Report of the King Institute of Preventive Medicine, Guindy
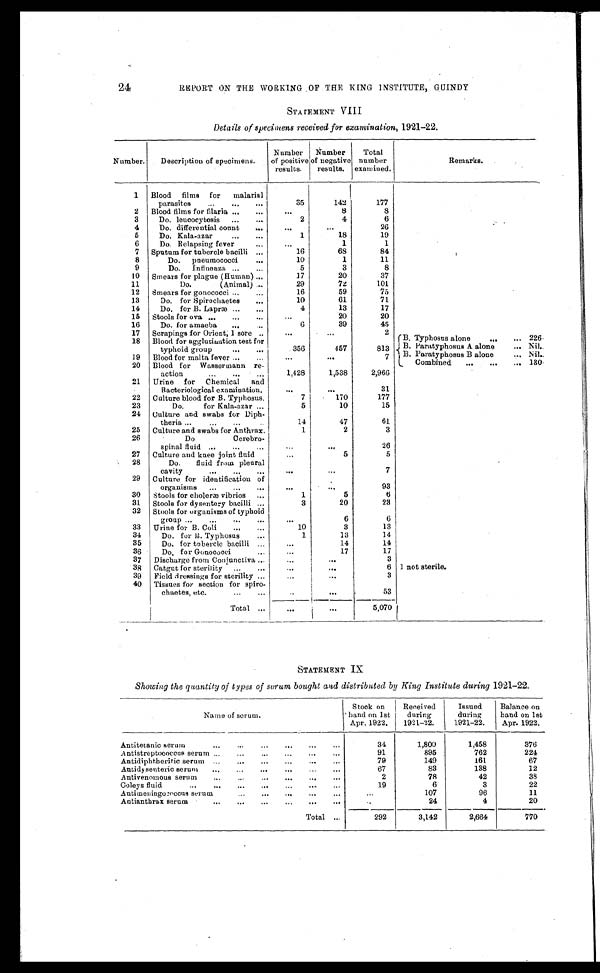
24
REPORT ON THE WORKING OF THE KING INSTITUTE, GUINDY
STATEMENT VIII
Details of specimens received for examination, 1921-22.
Number. Description of specimens.
Number
of positive
results.
N u m b e r o f
negative
results.
Total
number
examined.
Remarks.
1 Blood films for malarial
parasites . . .
35
142
177
2 Blood films for filaria . . .
. . .
8
8
3
Do. leucocytosis . . .
2
4
6
4
Do. differential count . . .
. . .
. . .
26
5
Do. Kala-azar . . .
1
18
19
6
Do. Relapsing fever . . .
. . .
1
1
7 Sputum for tubercle bacilli . . .
16
68
84
8
Do. pneumococci . . .
10
1
11
9
Do. Influenza . . .
5
3
8
10 Smears for plague (Human) . . .
17
20
37
11
Do.
(Animal) . . .
29
7 2
101
12 Smears for gonococci . . .
16
59
75
13
Do. for Spirochaetes . . .
10
61
71
14
Do. for B. Lapræ . . .
4
13
17
15 Stools for ova . . .
. . .
20
20
16
Do. for amaeba . . .
6
39
45
17 Scrapings for Orient; 1 sore . . .
. . .
. . .
2 (B. Typhosus alone . . . 226
18 Blood for agglutination test for
typhoid group . . .
356
457
813 B. paratyphosus A alone . . . Nil.
B. Paratyphosus B alone . . . Nil.
19 Blood for malta fever . . .
. . .
. . .
7
Combined . . . 130
20 Blood for Wassermann re-
action . . .
1,428
1,538
2,966
21 Urine for Chemical and
Bacteriological examination.
. . .
. . .
31
22 Culture blood for B. Typhosus.
7
170
177
23
Do.
for Kala-azar . . .
5
10
15
24 Culture and swabs for Diph -
theria . . .
14
47
61
25 Culture and swabs for Anthrax.
1
2
3
26
Do
Cerebro-
spinal fluid . . .
. . .
. . .
26
27 Culture and knee joint fluid
. . .
5
5
28
Do. fluid from pleural cavity . . .
. . .
. . .
7
29 Culture for identification of
organisms . . .
. . .
. . .
93
30 Stools for choleræ vibrios . . .
1
5
6
31 Stools for dysentery bacilli . . .
3
20
23
32 Stools for organisms of typhoid
group . . .
. . .
6
6
33 Urine for B. Coli . . .
10
3
13
34
Do. for B. Typhosus . . .
1
13
14
35
Do. for tubercle bacilli . . .
. . .
1 4
14
36
Do. f o r G o n o c o c c i . . .
. . .
17
17
37 Discharge from Conjunctiva . . .
. . .
. . .
3
38 Catgut for sterility . . .
. . .
. . .
6 1 not sterile.
39 Field dressings for sterility . . .
. . .
. . .
3
40 Tissues for section for Spi ro-chaet es, et c. . . .
. . .
. . .
5 3
Total . . .
. . .
. . .
5,070
STATEMENT IX
Showing the quantity of types of serum bought and distributed by King Institute during 1921-22.
Name of serum.
Stock on
hand on 1st
Apr. 1922.
Received
during
1921-22.
Issued
during
1921-22.
Balance on
hand on 1st
Apr. 1922.
Antitetanic serum . . .
34
1,800
1,458
376
Antistreptococcus serum . . .
91
895
762
224
Antidiphtheritic serum . . .
79
149
161
67
Antidysenteric serum . . .
67
83
138
12
Antivenomous serum . . .
2
78
42
38
Coleys fluid . . .
19
6
3
22
Antimeningococcus serum . . .
. . .
107
96
11
Antianthrax serum . . .
. . .
24
4
20
Total . . .
292
3,142
2,664
770